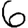
Digit: 6